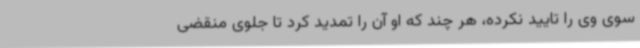
سوی وی را تایید نکرده، هر چند که او آن را تمدید کرد تا جلوی منقضی